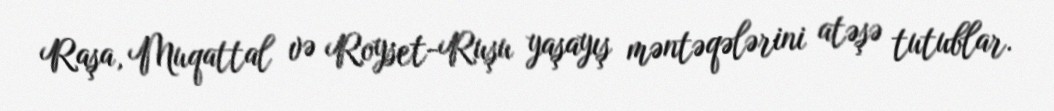
Raşa, Muqattal və Royset-Ruşu yaşayış məntəqələrini atəşə tutublar.